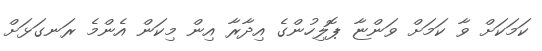
ކަމަކަށް ވާ ކަމަށް ވަންޏާ ޕޮލިހުންގެ އިދާރާ އިން މިކަން އެންމެ ރަނގަޅަށް